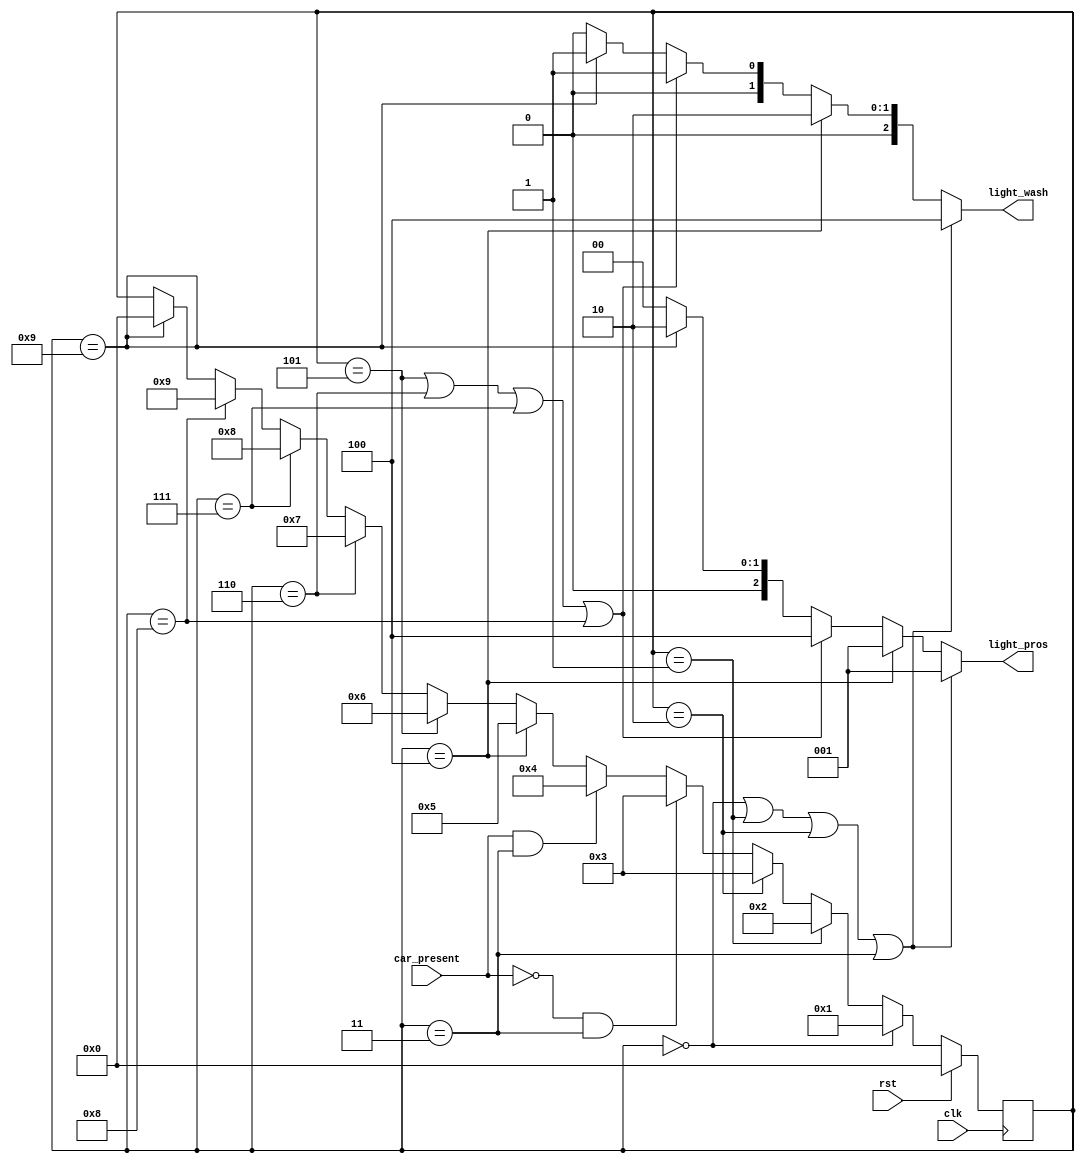
//==============================================================================
// Stoplight Module for Lab 4
//
// Note on lights:
// 	Each bit represents the on/off signal for a light.
// 	Bit | Light
// 	------------
// 	0   | Red
// 	1   | Yellow
// 	2   | Green
//==============================================================================

module Stoplight(
	input            clk,         // Clock signal
	input            rst,         // Reset signal for FSM
	input            car_present, // Is there a car on Prospect?
	output reg [2:0] light_pros,  // Prospect Avenue Light
	output reg [2:0] light_wash   // Washington Road Light
);

	// Declare Local Vars Here
	reg [4:0] state;
	reg [4:0] next_state;

	// Declare State Names Here
	localparam STATE_GREEN_1 = 4'd0;
	localparam STATE_GREEN_2 = 4'd1;
	localparam STATE_GREEN_3 = 4'd2;
	localparam STATE_GREEN_4 = 4'd3;


	localparam STATE_YELLOW_1 = 4'd4;

	localparam STATE_RED_1 = 4'd5;
	localparam STATE_RED_2 = 4'd6;
	localparam STATE_RED_3 = 4'd7;
	localparam STATE_RED_4 = 4'd8;


	localparam STATE_YELLOW_2 = 4'd9;

	// Light Colors
	localparam RED = 3'b001;
	localparam YLW = 3'b010;
	localparam GRN = 3'b100;

	// Output Combinational Logic
	always @( * ) begin
		light_pros = 3'b000;
		light_wash = 3'b000;

		// Write your output logic here
		if ( state == STATE_GREEN_1 || state == STATE_GREEN_2 || state == STATE_GREEN_3 || state == STATE_GREEN_4) begin
			light_pros = RED;
			light_wash = GRN;
		end

		else if (state == STATE_YELLOW_1) begin
			light_pros = RED;
			light_wash = YLW;
		end

		else if (state == STATE_RED_1 || state == STATE_RED_2 || state == STATE_RED_3 || state == STATE_RED_4) begin
			light_pros = GRN;
			light_wash = RED;
		end
		else if (state == STATE_YELLOW_2) begin
			light_pros = YLW;
			light_wash = RED;
		end
	end

	// Next State Combinational Logic
	always @( * ) begin
		// Write your Next State Logic Here
		next_state = state;
		if (state == STATE_GREEN_1) begin
			next_state = STATE_GREEN_2;
		end
		else if (state == STATE_GREEN_2) begin
			next_state = STATE_GREEN_3;
		end
		else if (state == STATE_GREEN_3) begin
			next_state = STATE_GREEN_4;
		end
		else if (!car_present && state == STATE_GREEN_4) begin
			next_state = STATE_GREEN_4;
		end
		else if (car_present && state == STATE_GREEN_4) begin
			next_state = STATE_YELLOW_1;
		end
		else if (state == STATE_YELLOW_1) begin
			next_state = STATE_RED_1;
		end
		else if (state == STATE_RED_1) begin
			next_state = STATE_RED_2;
		end
		else if (state == STATE_RED_2) begin
			next_state = STATE_RED_3;
		end
		else if (state == STATE_RED_3) begin
			next_state = STATE_RED_4;
		end
		else if (state == STATE_RED_4) begin
			next_state = STATE_YELLOW_2;
		end
		else if (state == STATE_YELLOW_2) begin
			next_state = STATE_GREEN_1;
		end

	end

	// State Update Sequential Logic
	always @(posedge clk) begin
		if (rst) begin
			// Update state to reset state
			state <= STATE_GREEN_1;
		end
		else begin
			// Update state to next state
			state <= next_state;
		end
	end

endmodule